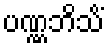
ပဏ္ဏဘိသိံ